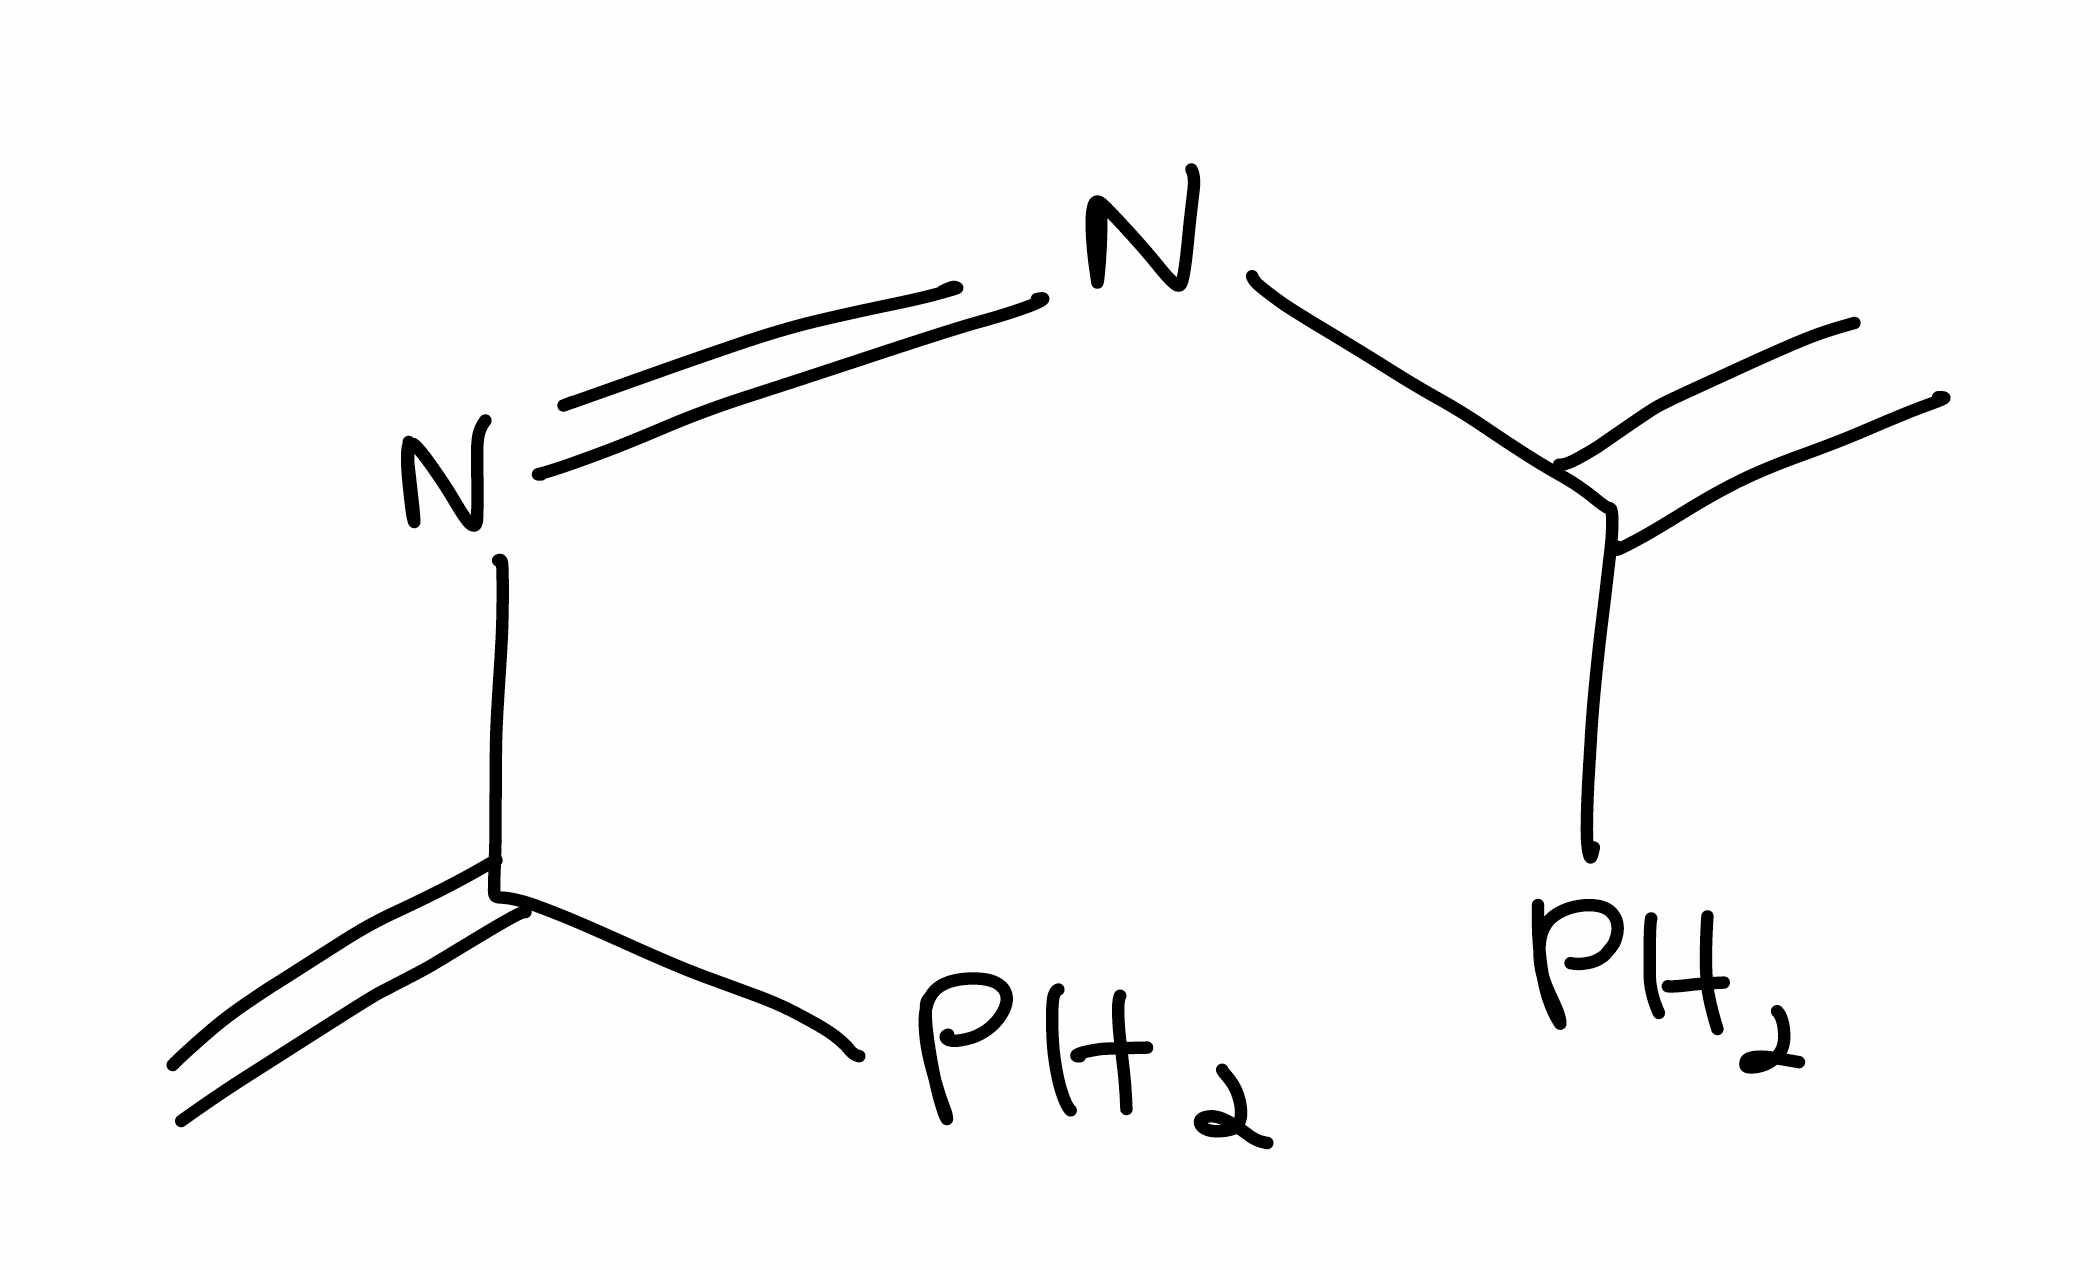
Simplified molecular-input line-entry system (SMILES) notation of the given molecule:
C=C(/N=N\C(=C)P)P